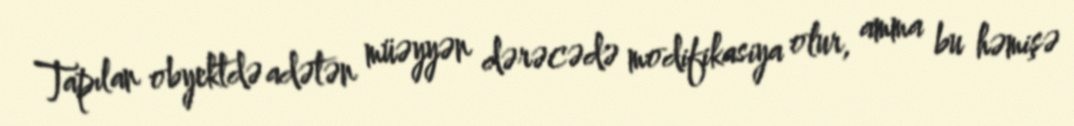
Tapılan obyektdə adətən müəyyən dərəcədə modifikasiya olur, amma bu həmişə